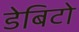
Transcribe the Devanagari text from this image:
डेबिटो